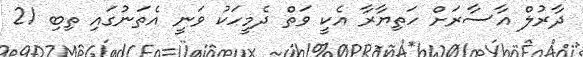
ދާރުލް އާސާރަށް ހަތިޔާރާ އެކީ ވަތް ދެމީހަކު ވަނީ އެތަނުގައި ތިބި 21